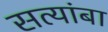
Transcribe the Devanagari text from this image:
सत्यांबा